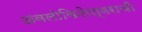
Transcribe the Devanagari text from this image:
अवलोकितेश्वराची